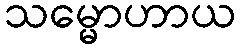
သမ္မောဟာယ